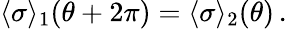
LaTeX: \langle\sigma\rangle_{1}(\theta+2\pi)=\langle\sigma\rangle_{2}(\theta)\, .